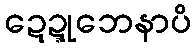
ဍေဍ္ဍုဘေနာပိ